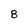
Character: 8